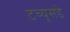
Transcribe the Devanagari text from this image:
टच्यूसडे